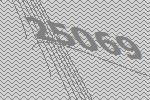
25069